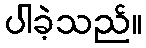
ပါခဲ့သည်။